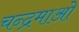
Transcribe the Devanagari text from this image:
चन्द्रमाओ